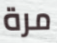
مرة